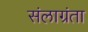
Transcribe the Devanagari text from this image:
संलाग्रंता